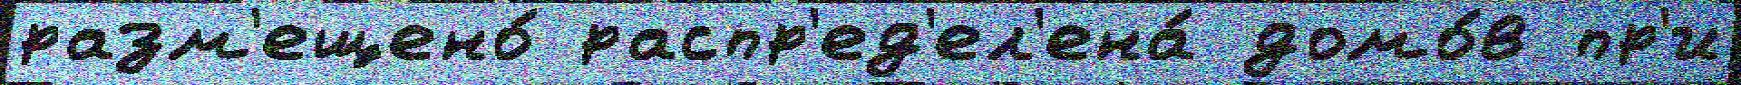
разм'ещено́ распр'ед'ел'ена́ домо́в пр'и